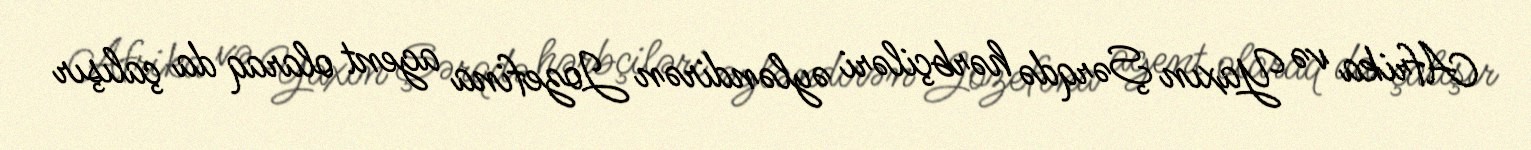
Afrika və Yaxın Şərqdə hərbçiləri əyləndirən Jozefina agent olaraq da çalışır